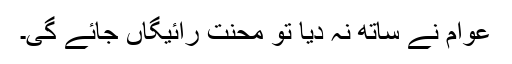
عوام نے ساتھ نہ دیا تو محنت رائیگاں جائے گی۔